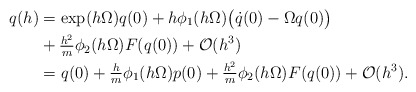
\begin{align*} q(h) & = \exp(h \Omega) q(0) + h \phi_1( h \Omega) \big( \dot{q}(0) - \Omega q(0) \big) \\ & + \tfrac{h^2}{m} \phi_2(h \Omega) F(q(0)) + \mathcal{O}(h^3) \\ &= q(0) + \tfrac{h}{m} \phi_1(h\Omega) p(0) + \tfrac{h^2}{m} \phi_2(h \Omega) F(q(0)) + \mathcal{O}(h^3). \end{align*}